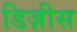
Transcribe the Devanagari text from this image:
डिज़ीस